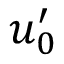
u _ { 0 } ^ { \prime }